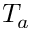
T _ { a }